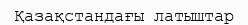
Қазақстандағы латыштар